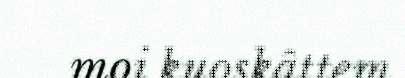
moi kuoskâttem